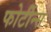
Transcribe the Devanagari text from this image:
फोर्टीन्स